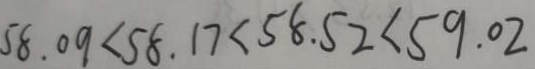
5 8 . 0 9 < 5 8 . 1 7 < 5 8 . 5 2 < 5 9 . 0 2